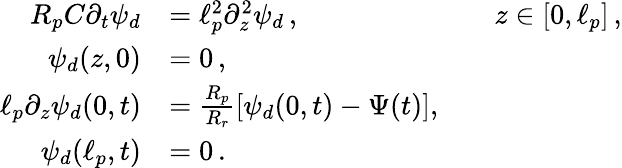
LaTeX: \begin{array}{rlrl}{R_{p}C\partial_{t}\psi_{d}}&{=\ell_{p}^{2}\partial_{z}^{2}\psi_{d}\, ,}&&{z\in[0,\ell_{p}]\, ,}\\ {\psi_{d}(z,0)}&{=0\, ,}\\ {\ell_{p}\partial_{z}\psi_{d}(0,t)}&{=\frac{R_{p}}{R_{r}}[\psi_{d}(0,t)-\Psi(t)],}\\ {\psi_{d}(\ell_{p},t)}&{=0\, .}\end{array}